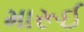
મારૂઈ